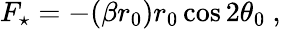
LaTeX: F_{\star}=-(\beta r_{0})r_{0}\cos 2\theta_{0}~,